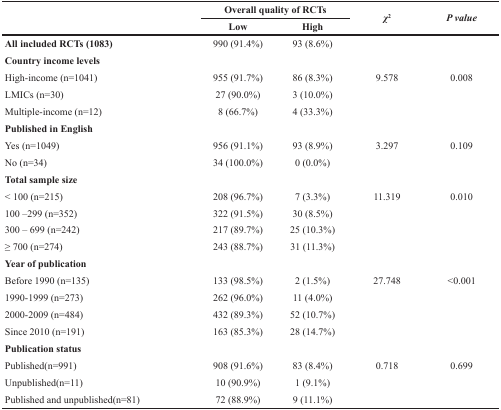
| <ROWSPAN=2>  | <COLSPAN=2> Overall quality of RCTs | <ROWSPAN=2> χ2 | <ROWSPAN=2> P value |
 | Low | High |
 | --- | --- | --- | --- | --- |
 | All included RCTs (1083) | 990 (91.4%) | 93 (8.6%) |  |  |
 | Country income levels |  |  |  |  |
 | High-income (n=1041) | 955 (91.7%) | 86 (8.3%) | 9.578 | 0.008 |
 | LMICs (n=30) | 27 (90.0%) | 3 (10.0%) |  |  |
 | Multiple-income (n=12) | 8 (66.7%) | 4 (33.3%) |  |  |
 | Published in English |  |  |  |  |
 | Yes (n=1049) | 956 (91.1%) | 93 (8.9%) | 3.297 | 0.109 |
 | No (n=34) | 34 (100.0%) | 0 (0.0%) |  |  |
 | Total sample size |  |  |  |  |
 | < 100 (n=215) | 208 (96.7%) | 7 (3.3%) | 11.319 | 0.010 |
 | 100 –299 (n=352) | 322 (91.5%) | 30 (8.5%) |  |  |
 | 300 – 699 (n=242) | 217 (89.7%) | 25 (10.3%) |  |  |
 | ≥ 700 (n=274) | 243 (88.7%) | 31 (11.3%) |  |  |
 | Year of publication |  |  |  |  |
 | Before 1990 (n=135) | 133 (98.5%) | 2 (1.5%) | 27.748 | <0.001 |
 | 1990-1999 (n=273) | 262 (96.0%) | 11 (4.0%) |  |  |
 | 2000-2009 (n=484) | 432 (89.3%) | 52 (10.7%) |  |  |
 | Since 2010 (n=191) | 163 (85.3%) | 28 (14.7%) |  |  |
 | Publication status |  |  |  |  |
 | Published(n=991) | 908 (91.6%) | 83 (8.4%) | 0.718 | 0.699 |
 | Unpublished(n=11) | 10 (90.9%) | 1 (9.1%) |  |  |
 | Published and unpublished(n=81) | 72 (88.9%) | 9 (11.1%) |  |  |